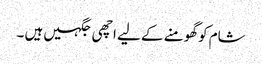
شام کو گھومنے کے لیے اچھی جگہیں ہیں ۔